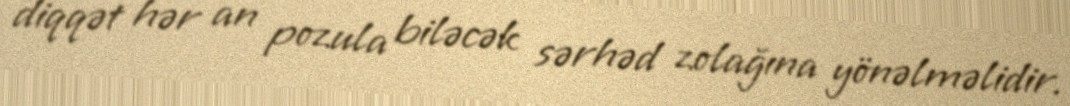
diqqət hər an pozula biləcək sərhəd zolağına yönəlməlidir.